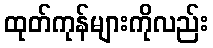
ထုတ်ကုန်များကိုလည်း